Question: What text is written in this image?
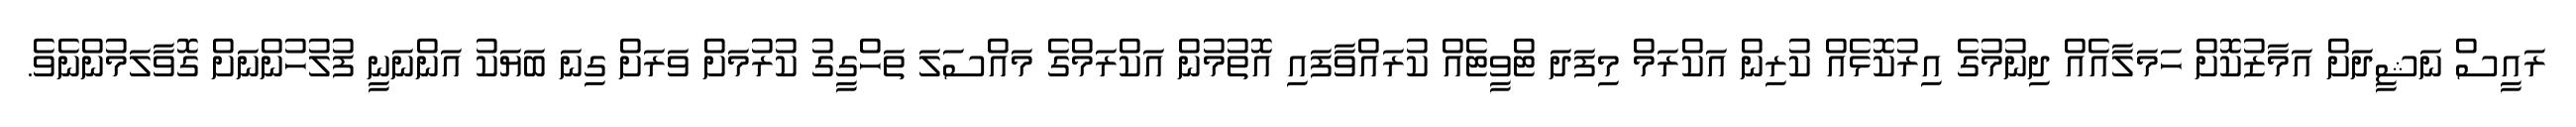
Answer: ރައީސް ނަޝީދަށް އަމާޒުކޮށް ހަމަލާއެއް ދިނުމުގެ އިރުކޮޅެއް ކުރިން އަކްރަމް މިފަދަ ޓްވީޓެއް ކުރައްވާފައި އޮތުމުން އަކްރަމްގެ މައްސަލަ ތަހްގީގު ކުރުމަށް ވަރަށް ގިނަ ބަޔަކު އަންނަނީ ފުލުހުންނަށް ގޮވާލަމުންނެވެ.